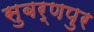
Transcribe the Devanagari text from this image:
सुबर्णपुर